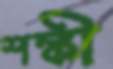
শঙ্কী